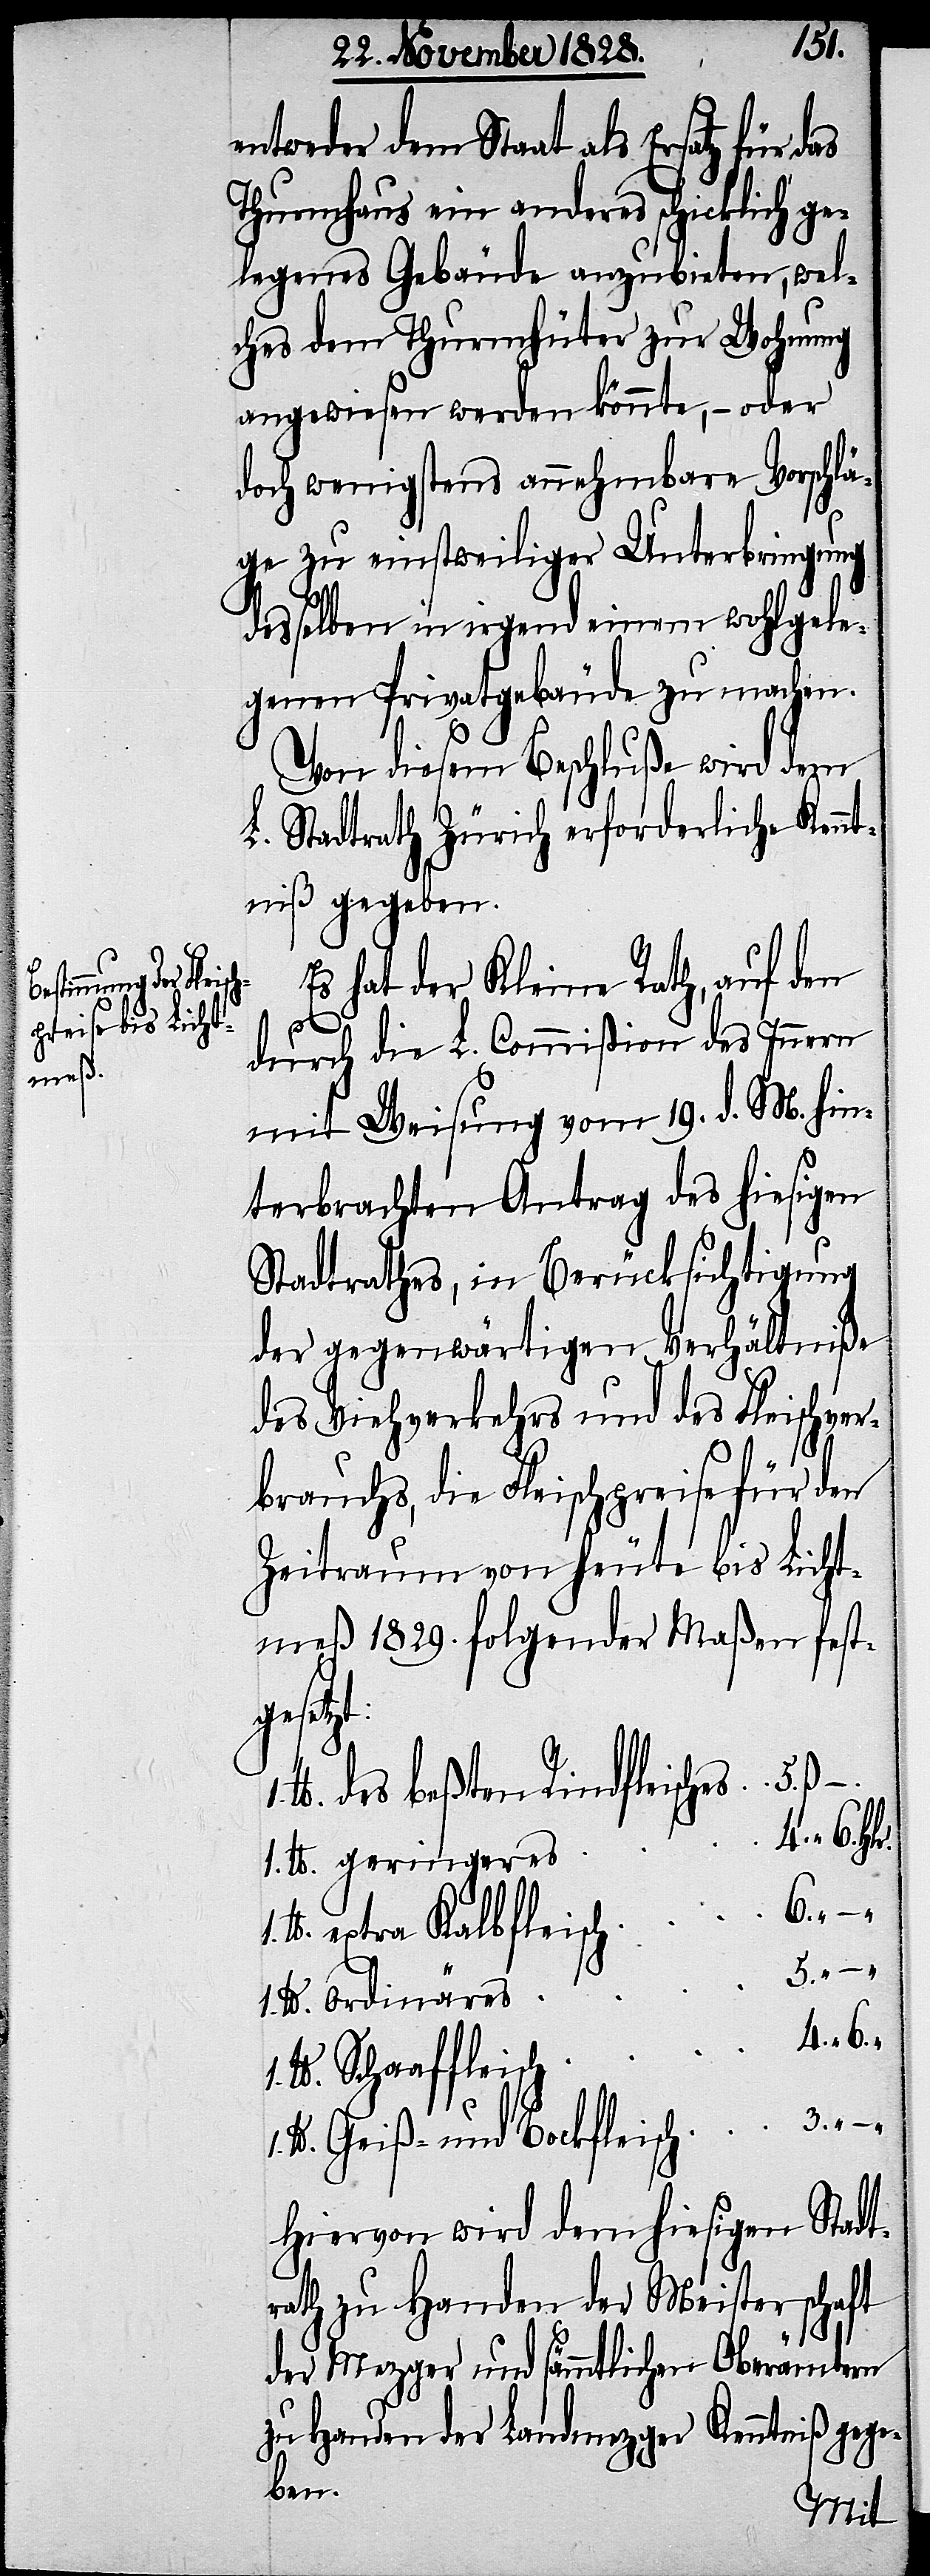
1. lb.
entweder dem Staat als Ersatz für das
Thurmhaus ein anderes schicklich ge¬
legenes Gebäude anzubieten, wel¬
ches dem Thurmhüter zur Wohnung
angewiesen werden könnte, – oder
doch wenigstens annehmbare Vorschlä¬
ge zu einstweiliger Unterbringung
desselben in irgend einem wohlgele¬
genen Privatgebäude zu machen.
Von diesem Beschluße wird dem
L. Stadtrathe Zürich erforderliche Kenn¬
tniß gegeben
Es hat der Kleine Rath, auf den
3.
durch die L. Commißion des Innern
mit Weisung vom 19. d. M. hin¬
terbrachten Antrag des hiesigen
Stadtrathes, in Berücksichtigung
der gegenwärtigen Verhältniße
des Viehverkehrs und des Fleischver¬
brauchs, die Fleischpreise für den
Zeitraum von heute bis Licht¬
meß 1829. folgender Maßen fest¬
gesetzt:
des beßten Rindfleisches
extra Kalbfleisch
geres
–
Schaaffleisch
Geiß- und Bockfleisch
Hiervon wird dem hiesigen Stadt¬
rath zu Handen der Meisterschaft
der Mezger und sämmtlichen Oberämtern
zu Handen der Landmezger Kenntniß gege¬
ben.
4.